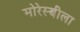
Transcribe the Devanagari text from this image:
मोरेस्बीला